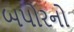
બપોરનો